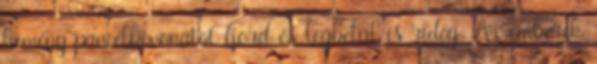
kemény páncélbevonatot hord és legbelül is rideg. Az emberek